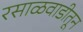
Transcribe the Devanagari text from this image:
रसाळवाडीतून